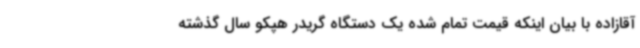
آقازاده با بیان اینکه قیمت تمام شده یک دستگاه گریدر هپکو سال گذشته